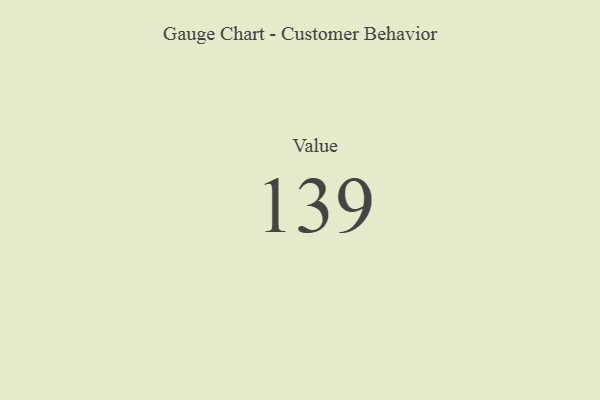
{"axis": {"x": "Metric", "y": "Value"}, "legend": [""], "data": [{"x": "Value", "y": 139, "type": ""}]}